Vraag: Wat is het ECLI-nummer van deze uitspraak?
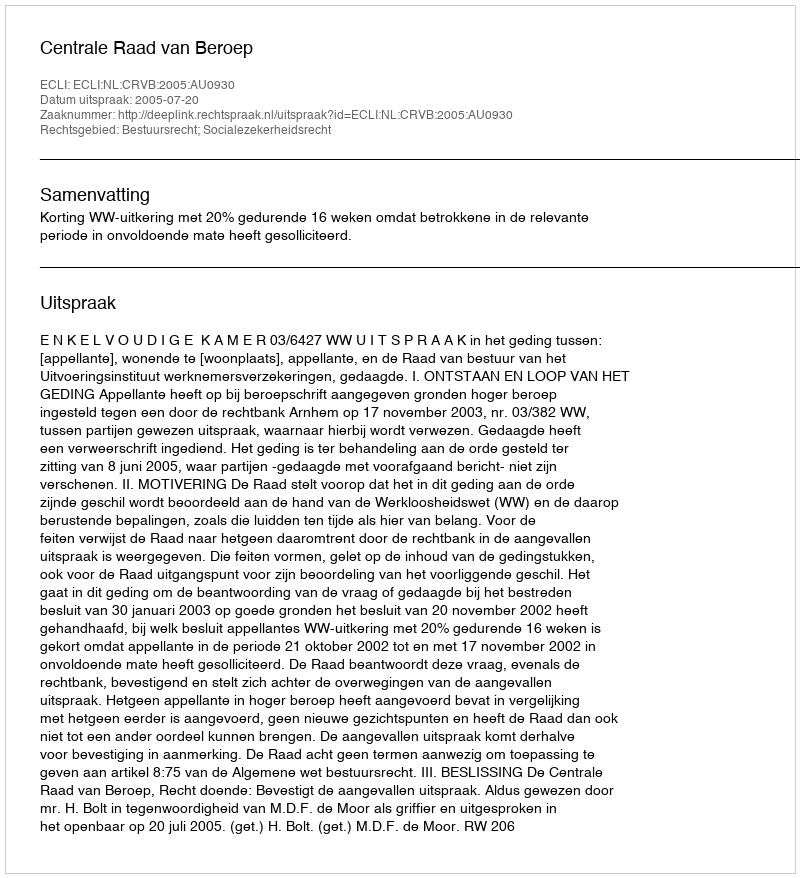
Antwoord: ECLI:NL:CRVB:2005:AU0930